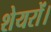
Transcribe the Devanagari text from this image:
शेयरों।